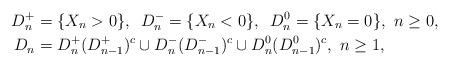
LaTeX: \begin{align*}D^+_n &= \{ X_n > 0 \},\,\,\, D^-_n = \{ X_n < 0 \},\,\,\, D^0_n = \{ X_n = 0 \}, \,\, n \geq 0, \\D_n & = D^+_n (D^+_{n-1})^c \cup D^-_n (D^-_{n-1})^c \cup D^0_n(D^0_{n-1})^c, \,\, n \geq 1, \end{align*}